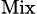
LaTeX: _{\mathrm{Mix}}